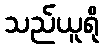
သည်ယူရို